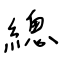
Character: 總